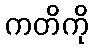
ကတိကို